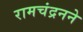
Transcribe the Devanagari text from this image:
रामचंद्रनने